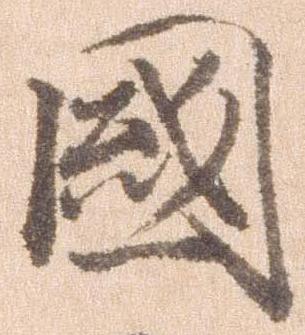
国